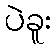
ပဲခူး